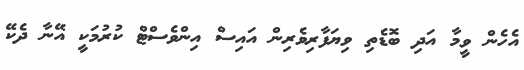
އެހެން ވީމާ އަދި ބޮޑެތި ވިޔަފާރިވެރިން އައިސް އިންވެސްޓް ކުރުމަކީ އޭނާ ދެކޭ